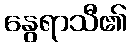
နွေရာသီ၏